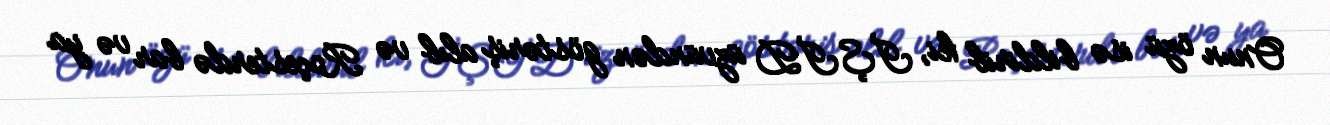
Onun özü isə bildirib ki, İŞİD üzvündən göstəriş alıb və Roçesterdə bar və ya